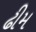
ઢીમ